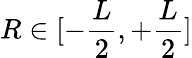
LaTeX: R\in[-\frac{L}{2},+\frac{L}{2}]